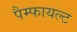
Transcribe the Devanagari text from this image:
पैम्फायल्ट